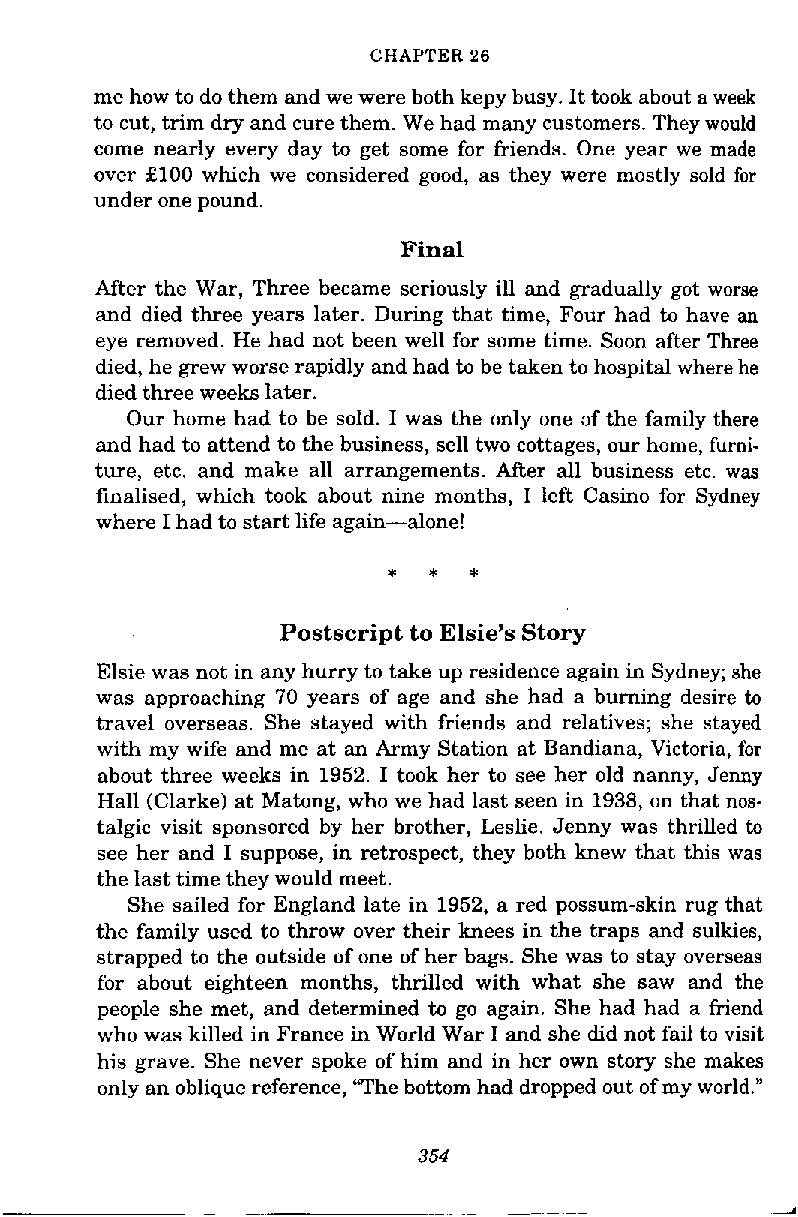
CHAPTER 26
 me how to do them and we were both kepy busy. It took about a week
 to cut, trim dry and cure them. We had many customers. They would
 come nearly every day to get some for friends. One year we made
 over £100 which we considered good, as they were mostly sold for
 under one pound.
 Final
 After the War, Three became seriously ill and gradually got worse
 and died three years later. During that time, Four had to have an
 eye removed. He had not been well for some time. Soon after Three
 died, he grew worse rapidly and had to be taken to hospital where he
 died three weeks later.
 Our home had to be sold. I was the only one af the family there
 and had to attend to the business, sell two cottages, our home, furni-
 ture, etc. and make all arrangements. After all business etc. was
 finalised, which took about nine months, I left Casino for Sydney
 where I had to start life again-alone!
 Postscript to Elsie's Story
 Elsie was not in any hurry to take up residence again in Sydney; she
 was approaching 70 years of age and she had a burning desire to
 travel overseas. She stayed with friends and relatives; she stayed
 with my wife and me at an Army Station at Bandiana, Victoria, for
 about three weeks in 1952. I took her to see her old nanny, Jenny
 Hall (Clarke) at Matong, who we had last seen in 1938, on that nos-
 talgic visit sponsored by her brother, Leslie. Jenny was thrilled to
 see her and I suppose, in retrospect, they both knew that this was
 the last time they would meet.
 She sailed for England late in 1952, a red possum-skin rug that
 the family used to throw over their knees in the traps and sulkies,
 strapped to the outside of one of her bags. She was to stay overseas
 for about eighteen months, thrilled with what she saw and the
 people she met, and determined to go again. She had had a friend
 who was killed in France in World War I and she did not fail to visit
 his grave. She never spoke of him and in her own story she makes
 only an oblique reference, "The bottom had dropped out of my world."